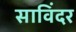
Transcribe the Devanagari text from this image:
साविंदर